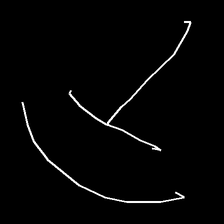
Glyph: dispersion